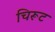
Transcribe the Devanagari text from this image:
चिरूट